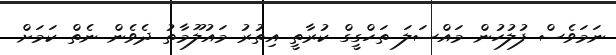
ނަމަވެސް ފުލުހުން މައްސަލަ ތަހްގީގް ކުރާތީ އިތުރު މައުލޫމާތު ދެވެން ނެތް ކަމަށް